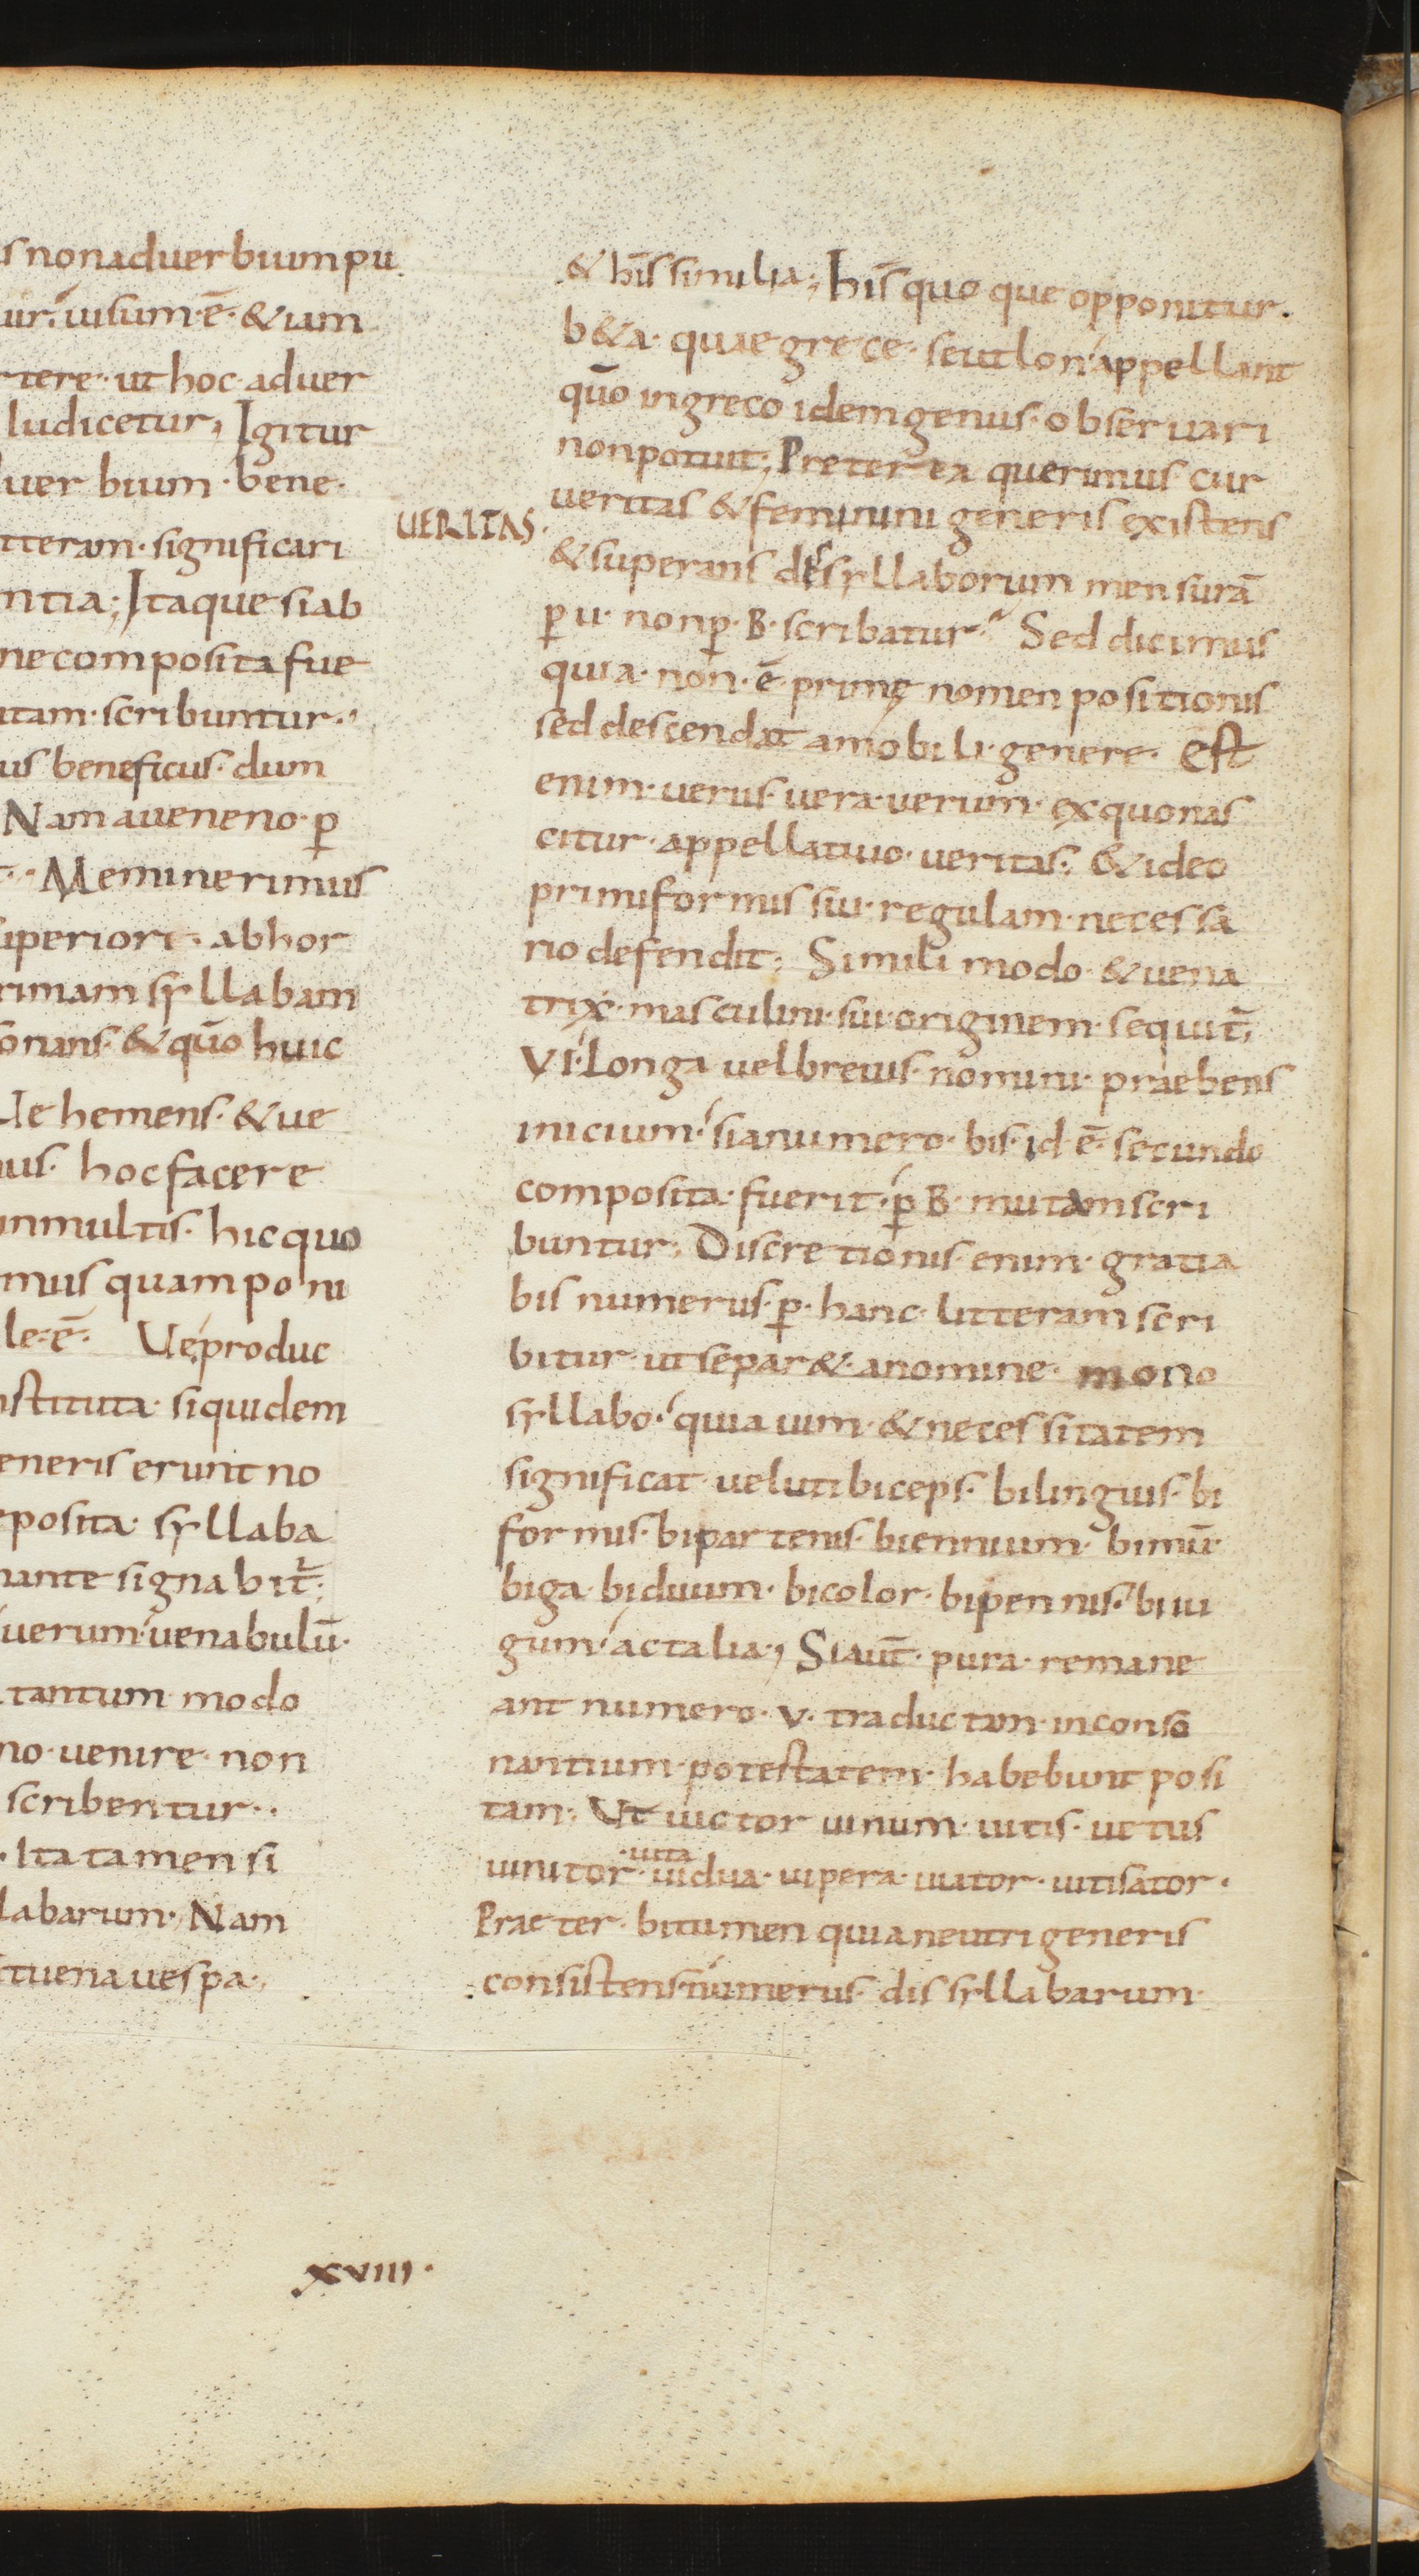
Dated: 850–899